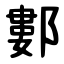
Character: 䣚